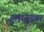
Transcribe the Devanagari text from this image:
हुमायूंच्या